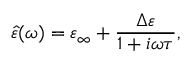
{ \hat { \varepsilon } } ( \omega ) = \varepsilon _ { \infty } + { \frac { \Delta \varepsilon } { 1 + i \omega \tau } } ,